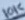
Text: 10K